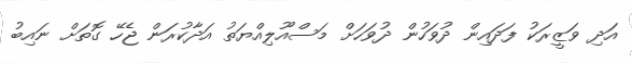
އަދި ވަޒީރަކު ފަދައިން ދުވަހުން ދުވަހަށް މަސްއޫލިއްޔަތު އަދާކުރަން ޖެހޭ ގޮތަށް ނައިބު